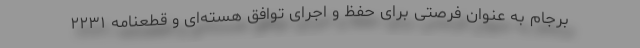
برجام به عنوان فرصتی برای حفظ و اجرای توافق هسته‌ای و قطعنامه ۲۲۳۱